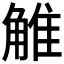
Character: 𧣽